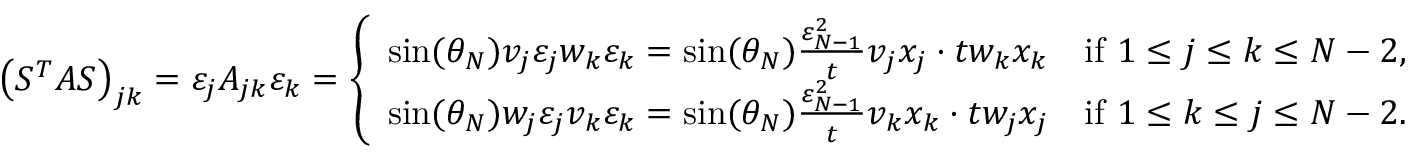
\left( S ^ { T } A S \right) _ { j k } = \varepsilon _ { j } A _ { j k } \varepsilon _ { k } = \left\{ \begin{array} { l l } { \sin ( \theta _ { N } ) v _ { j } \varepsilon _ { j } w _ { k } \varepsilon _ { k } = \sin ( \theta _ { N } ) \frac { \varepsilon _ { N - 1 } ^ { 2 } } { t } v _ { j } x _ { j } \cdot t w _ { k } x _ { k } } & { \mathrm { i f ~ } 1 \leq j \le k \le N - 2 , } \\ { \sin ( \theta _ { N } ) w _ { j } \varepsilon _ { j } v _ { k } \varepsilon _ { k } = \sin ( \theta _ { N } ) \frac { \varepsilon _ { N - 1 } ^ { 2 } } { t } v _ { k } x _ { k } \cdot t w _ { j } x _ { j } } & { \mathrm { i f ~ } 1 \leq k \le j \le N - 2 . } \end{array} \right.